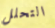
التحلل